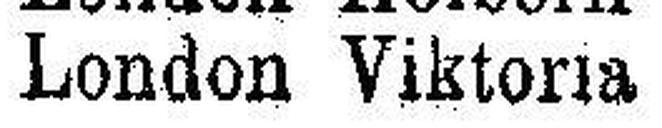
London Viktoria